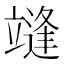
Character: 𰻓